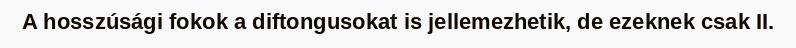
A hosszúsági fokok a diftongusokat is jellemezhetik, de ezeknek csak II.